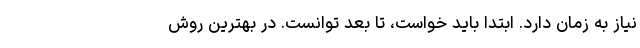
نیاز به زمان دارد. ابتدا باید خواست، تا بعد توانست. در بهترین روش